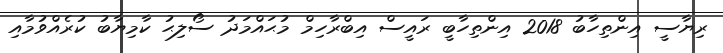
ރިޔާސީ އިންތިހާބު 2018 އިންތިހާބީ ރައީސް އިބްރާހިމް މުޙައްމަދު ސޯލިޙު ކާމިޔާބު ކުރެއްވުމާއި